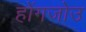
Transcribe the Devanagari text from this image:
होंगजोउ